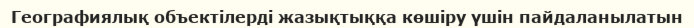
Географиялық объектілерді жазықтыққа көшіру үшін пайдаланылатын